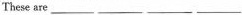
These are___ ___ ___ ___